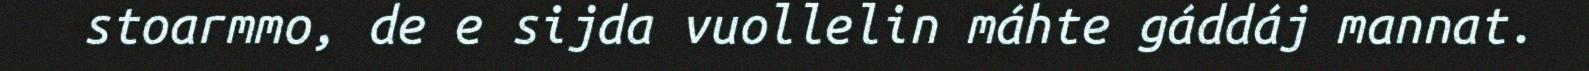
stoarmmo, de e sijda vuollelin máhte gáddáj mannat.